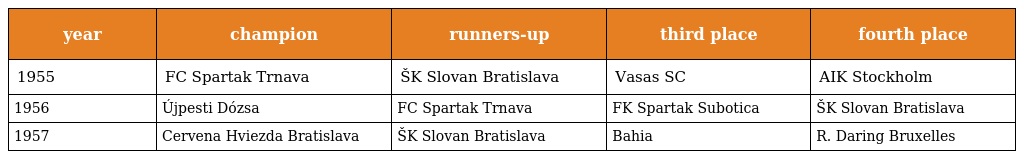
| year | champion | runners-up | third place | fourth place |
 | --- | --- | --- | --- | --- |
 | 1955 | FC Spartak Trnava | ŠK Slovan Bratislava | Vasas SC | AIK Stockholm |
 | 1956 | Újpesti Dózsa | FC Spartak Trnava | FK Spartak Subotica | ŠK Slovan Bratislava |
 | 1957 | Cervena Hviezda Bratislava | ŠK Slovan Bratislava | Bahia | R. Daring Bruxelles |